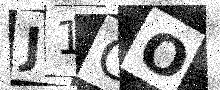
Text: J1CO